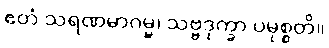
ဧတံ သရဏမာဂမ္မ၊ သဗ္ဗဒုက္ခာ ပမုစ္စတိ။